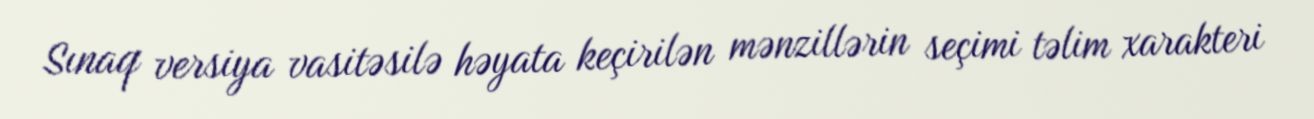
Sınaq versiya vasitəsilə həyata keçirilən mənzillərin seçimi təlim xarakteri